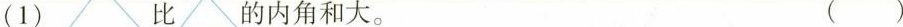
(1) 比的内角和大。 ( )